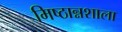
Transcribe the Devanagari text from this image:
मिष्ठान्नशाला